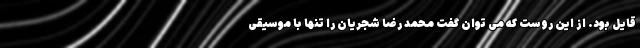
قایل بود. از این روست که می توان گفت محمد رضا شجریان را تنها با موسیقی